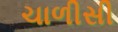
ચાળીસી